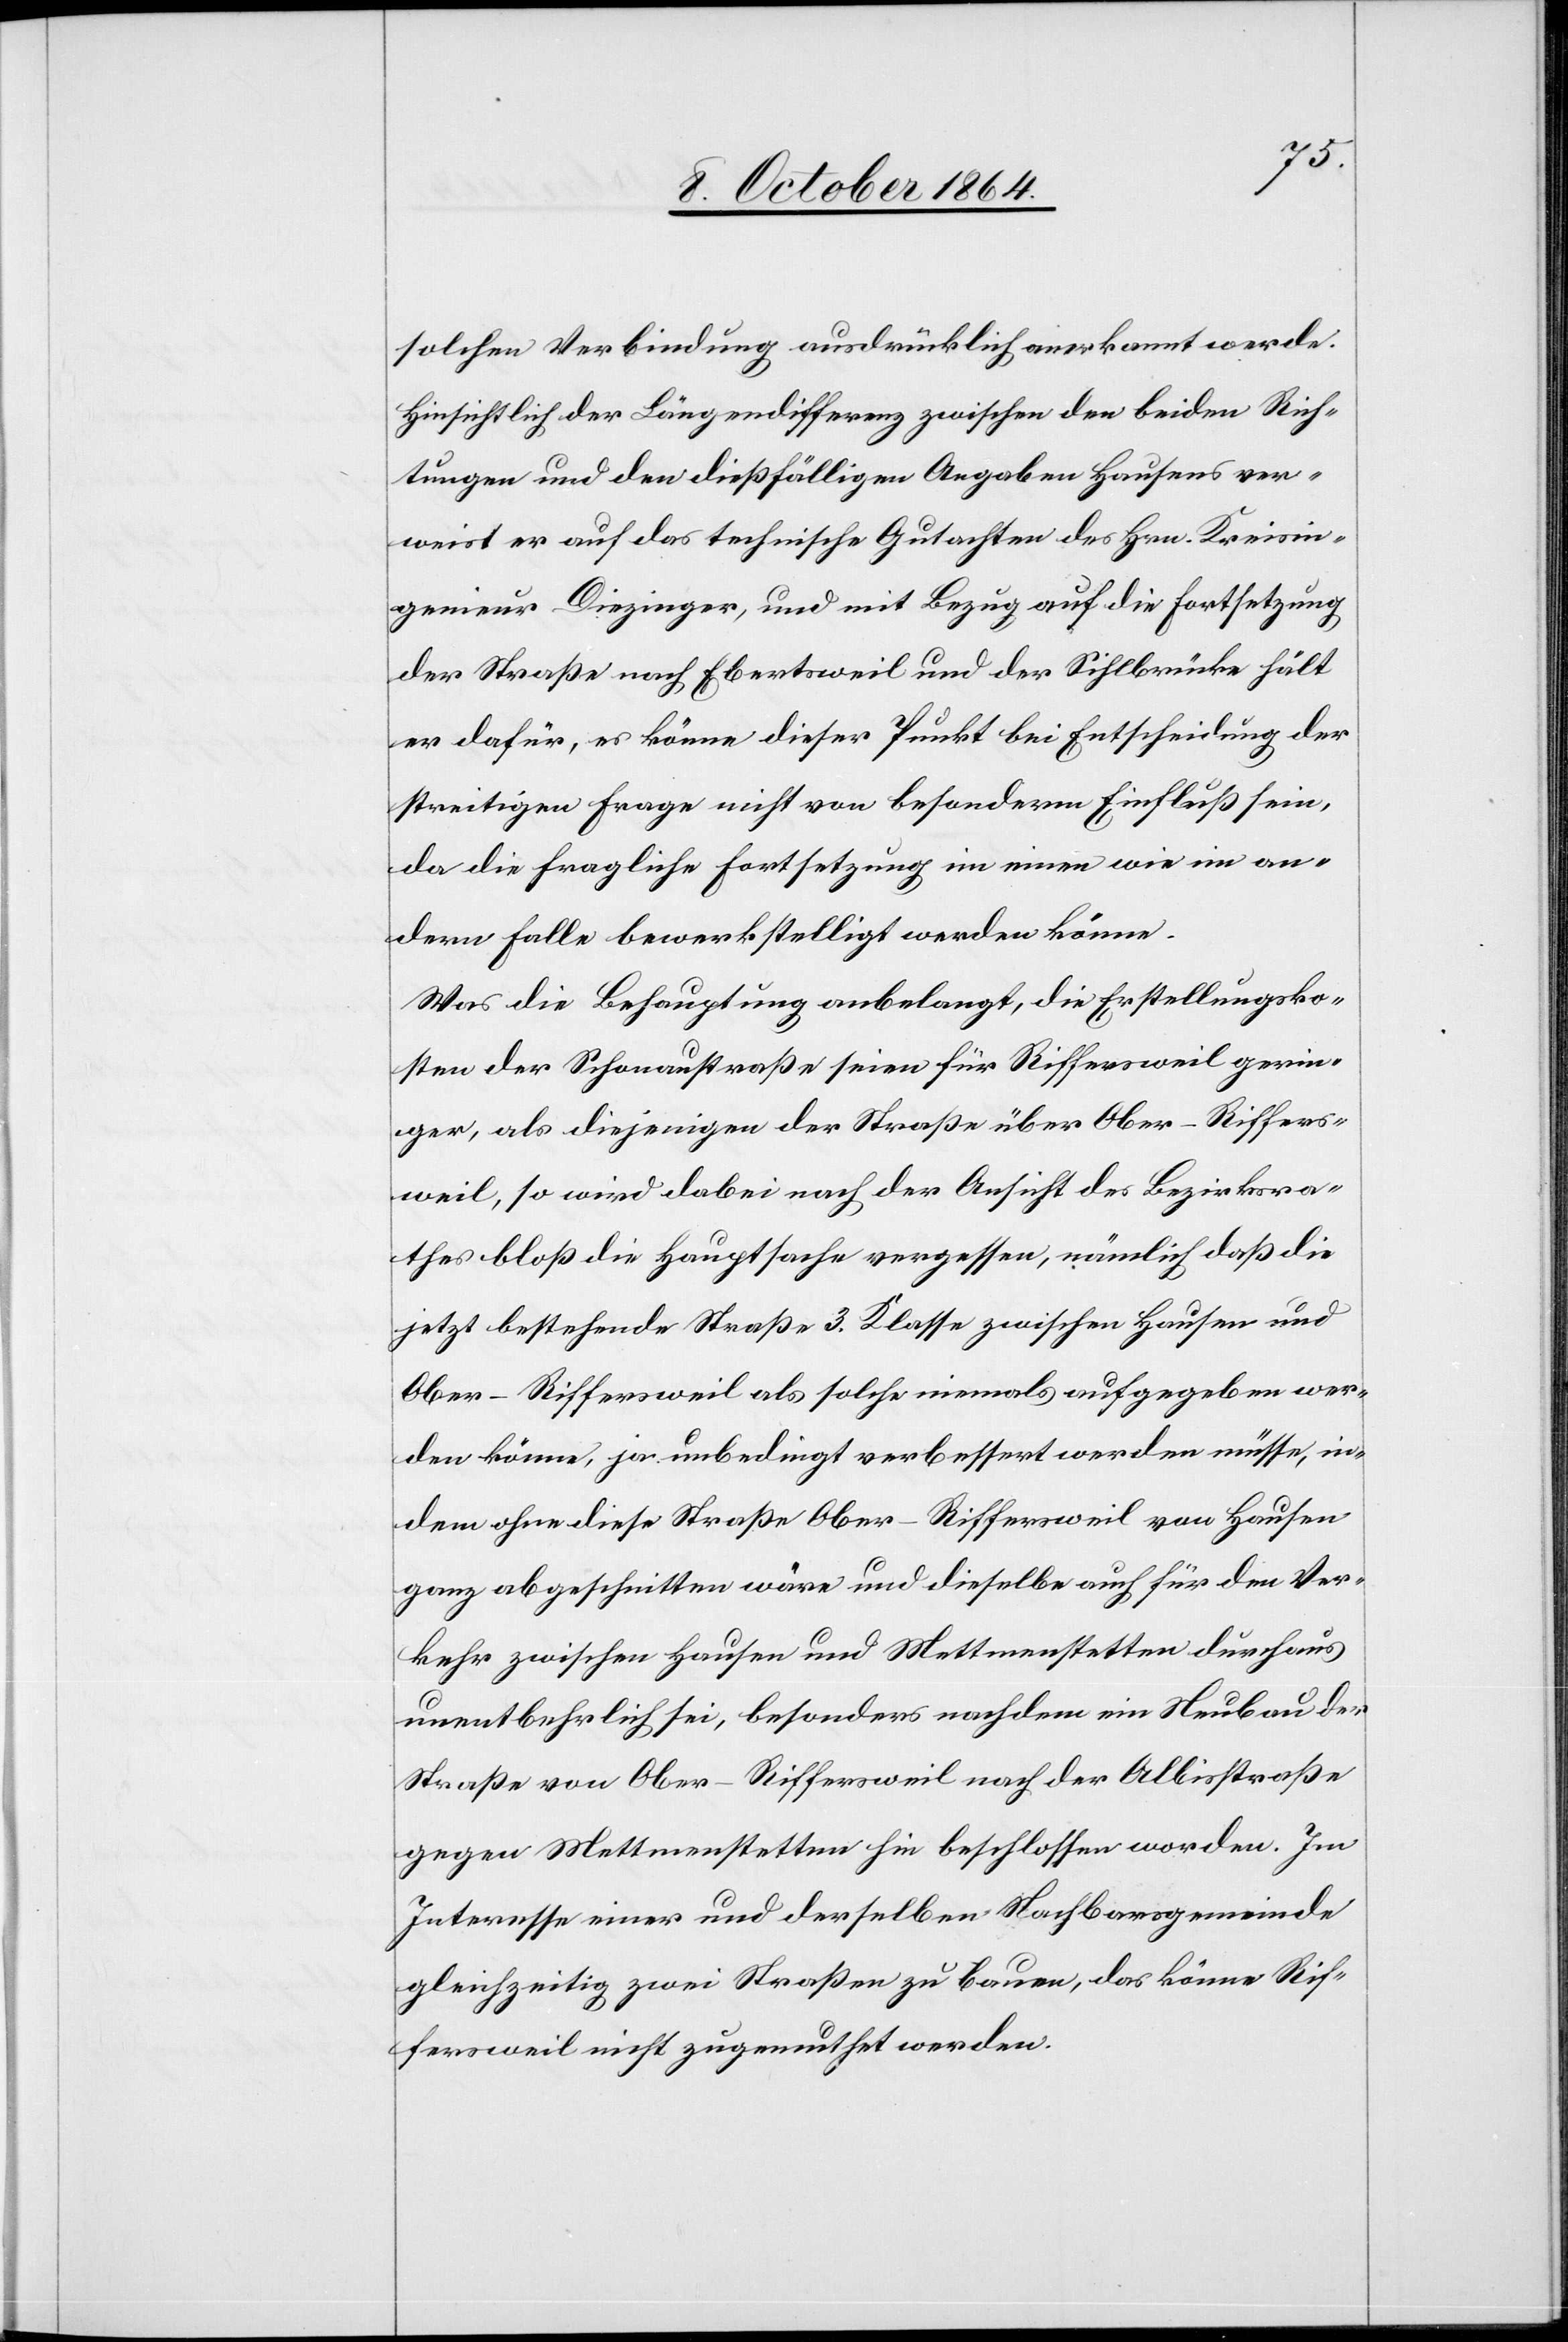
solchen Verbindung ausdrücklich anerkannt werde.
Hinsichtlich der Längendifferenz zwischen den beiden Rich¬
tungen und den dießfälligen Angaben Hausens ver¬
weist er auf das technische Gutachten des Hrn. Kreisin¬
genieur Diezinger, und mit Bezug auf die Fortsetzung
der Straße nach Ebertsweil und der Sihlbrücke hält
er dafür, es könne dieser Punkt bei Entscheidung der
streitigen Frage nicht von besonderm Einfluß sein,
da die fragliche Fortsetzung im einen wie an¬
dern Falle bewerkstelligt werden könne.
Was die Behauptung anbelangt, die Erstellungsko¬
sten der Schonaustraße seien für Riffersweil gerin¬
ger, als diejenigen der Straße über Ober-Riffers¬
weil, so wird dabei nach der Ansicht des Bezirksra¬
thes bloß die Hauptsache vergessen, nämlich daß die
jetzt bestehende Straße 3. Klasse zwischen Hausen und
Ober-Riffersweil als solche niemals aufgegeben wer¬
den könne, ja unbedingt verbessert werden müsse, in¬
dem ohne diese Straße Ober-Riffersweil von Hausen
ganz abgeschnitten wäre und dieselbe auch für den Ver¬
kehr zwischen Hausen und Mettmenstetten durchaus
unentbehrlich sei, besonders nachdem ein Neubau der
Straße von Ober-Riffersweil nach der Albisstraße
gegen Mettmenstetten hin beschlossen worden. Im
Interesse einer und derselben Nachbargemeinde
gleichzeitig zwei Straßen zu bauen, das könne Rif¬
fersweil nicht zugemuthet werden.